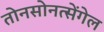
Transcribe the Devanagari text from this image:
तोनसोनत्सेंगेल